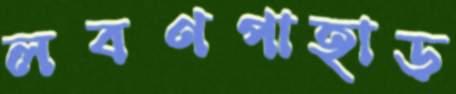
লবণপাহাড়